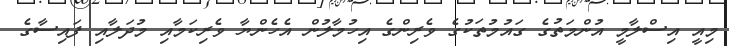
މިއީ އިސްލާމީ އުންމަތުގެ ގައުމުތަކުގެ ވެރިންގެ އިހުމާލުން އެހެންޔާ ވެރިކަމާއި މުދަލާއި ފައިސާގެ